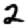
Digit: 2